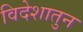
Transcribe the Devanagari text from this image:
विदेशातुन